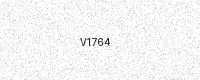
Text: V1764